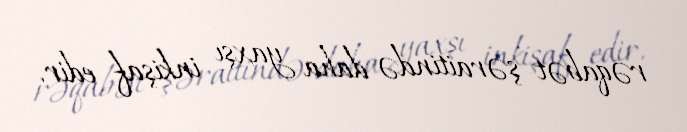
rəqabət şəraitində daha yaxşı inkişaf edir.